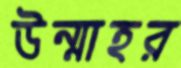
উন্মাহর